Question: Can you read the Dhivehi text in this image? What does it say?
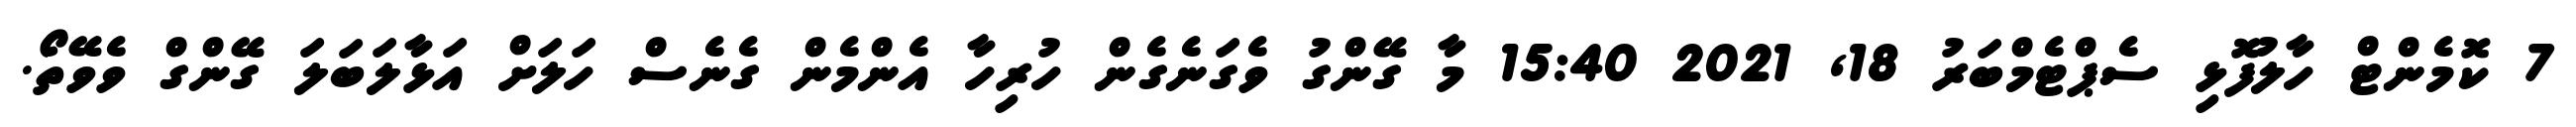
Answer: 7 ކޮމެންޓް ހާލުފޮޅި ސެޕްޓެމްބަރު 18, 2021 15:40 މާ ގޭންގު ވެގަނެގެން ހުރިހާ އެންމެން ގެނެސް ހަލަށް އަޅާލަބަލަ ގޭންގް ވެވޭތޯ.